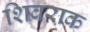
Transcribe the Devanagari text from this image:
शिवराक